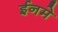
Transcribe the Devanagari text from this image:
ईनमे